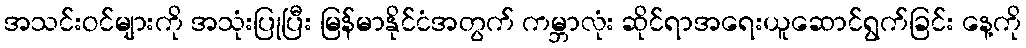
အသင်းဝင်များကို အသုံးပြုပြီး မြန်မာနိုင်ငံအတွက် ကမ္ဘာလုံး ဆိုင်ရာအရေးယူဆောင်ရွက်ခြင်း နေ့ကို